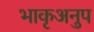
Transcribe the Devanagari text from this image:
भाकृअनुप